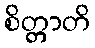
စိတ္တာတိ